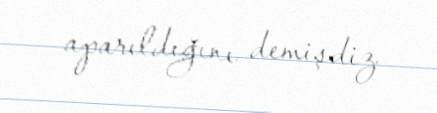
aparıldığını demişdiz.